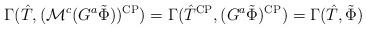
LaTeX: \begin{align*}\Gamma(\hat{T},(\mathcal{M}^{c}(G^a\tilde{\Phi}))^{\rm CP}) = \Gamma(\hat{T}^{\rm CP},(G^a\tilde{\Phi})^{\rm CP}) = \Gamma(\hat{T},\tilde{\Phi})\end{align*}